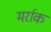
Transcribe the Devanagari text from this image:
मर्राक